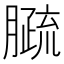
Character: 𦠦